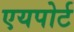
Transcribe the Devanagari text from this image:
एयपोर्ट